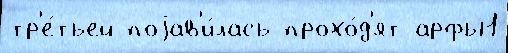
тр'е́тьей поjав'и́лась прохо́д'ят арфы1